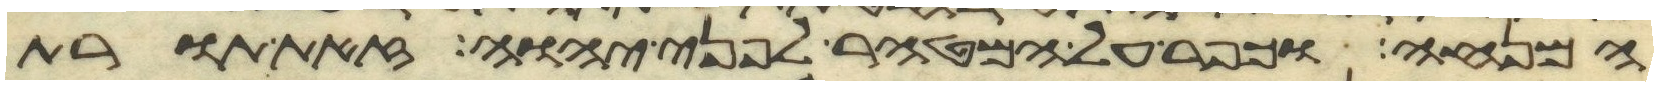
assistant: המנחה וכפר על המטהר לפני יהוה זאת תורת